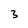
Character: 3